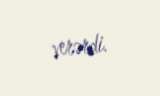
verərdi.